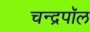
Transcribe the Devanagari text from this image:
चन्द्रपॉल